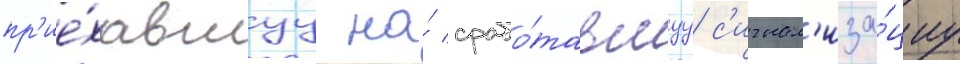
пр'ие́хавшуу на́ срабо́тавшуу с'игнал'иза́циу